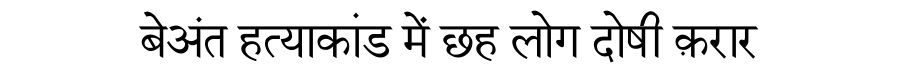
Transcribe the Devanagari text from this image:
बेअंत हत्याकांड में छह लोग दोषी क़रार